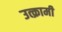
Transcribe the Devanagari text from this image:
उत्क्रामी